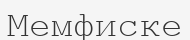
Мемфиске